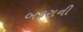
બકરાની